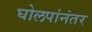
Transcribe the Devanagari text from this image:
घोलपांनंतर